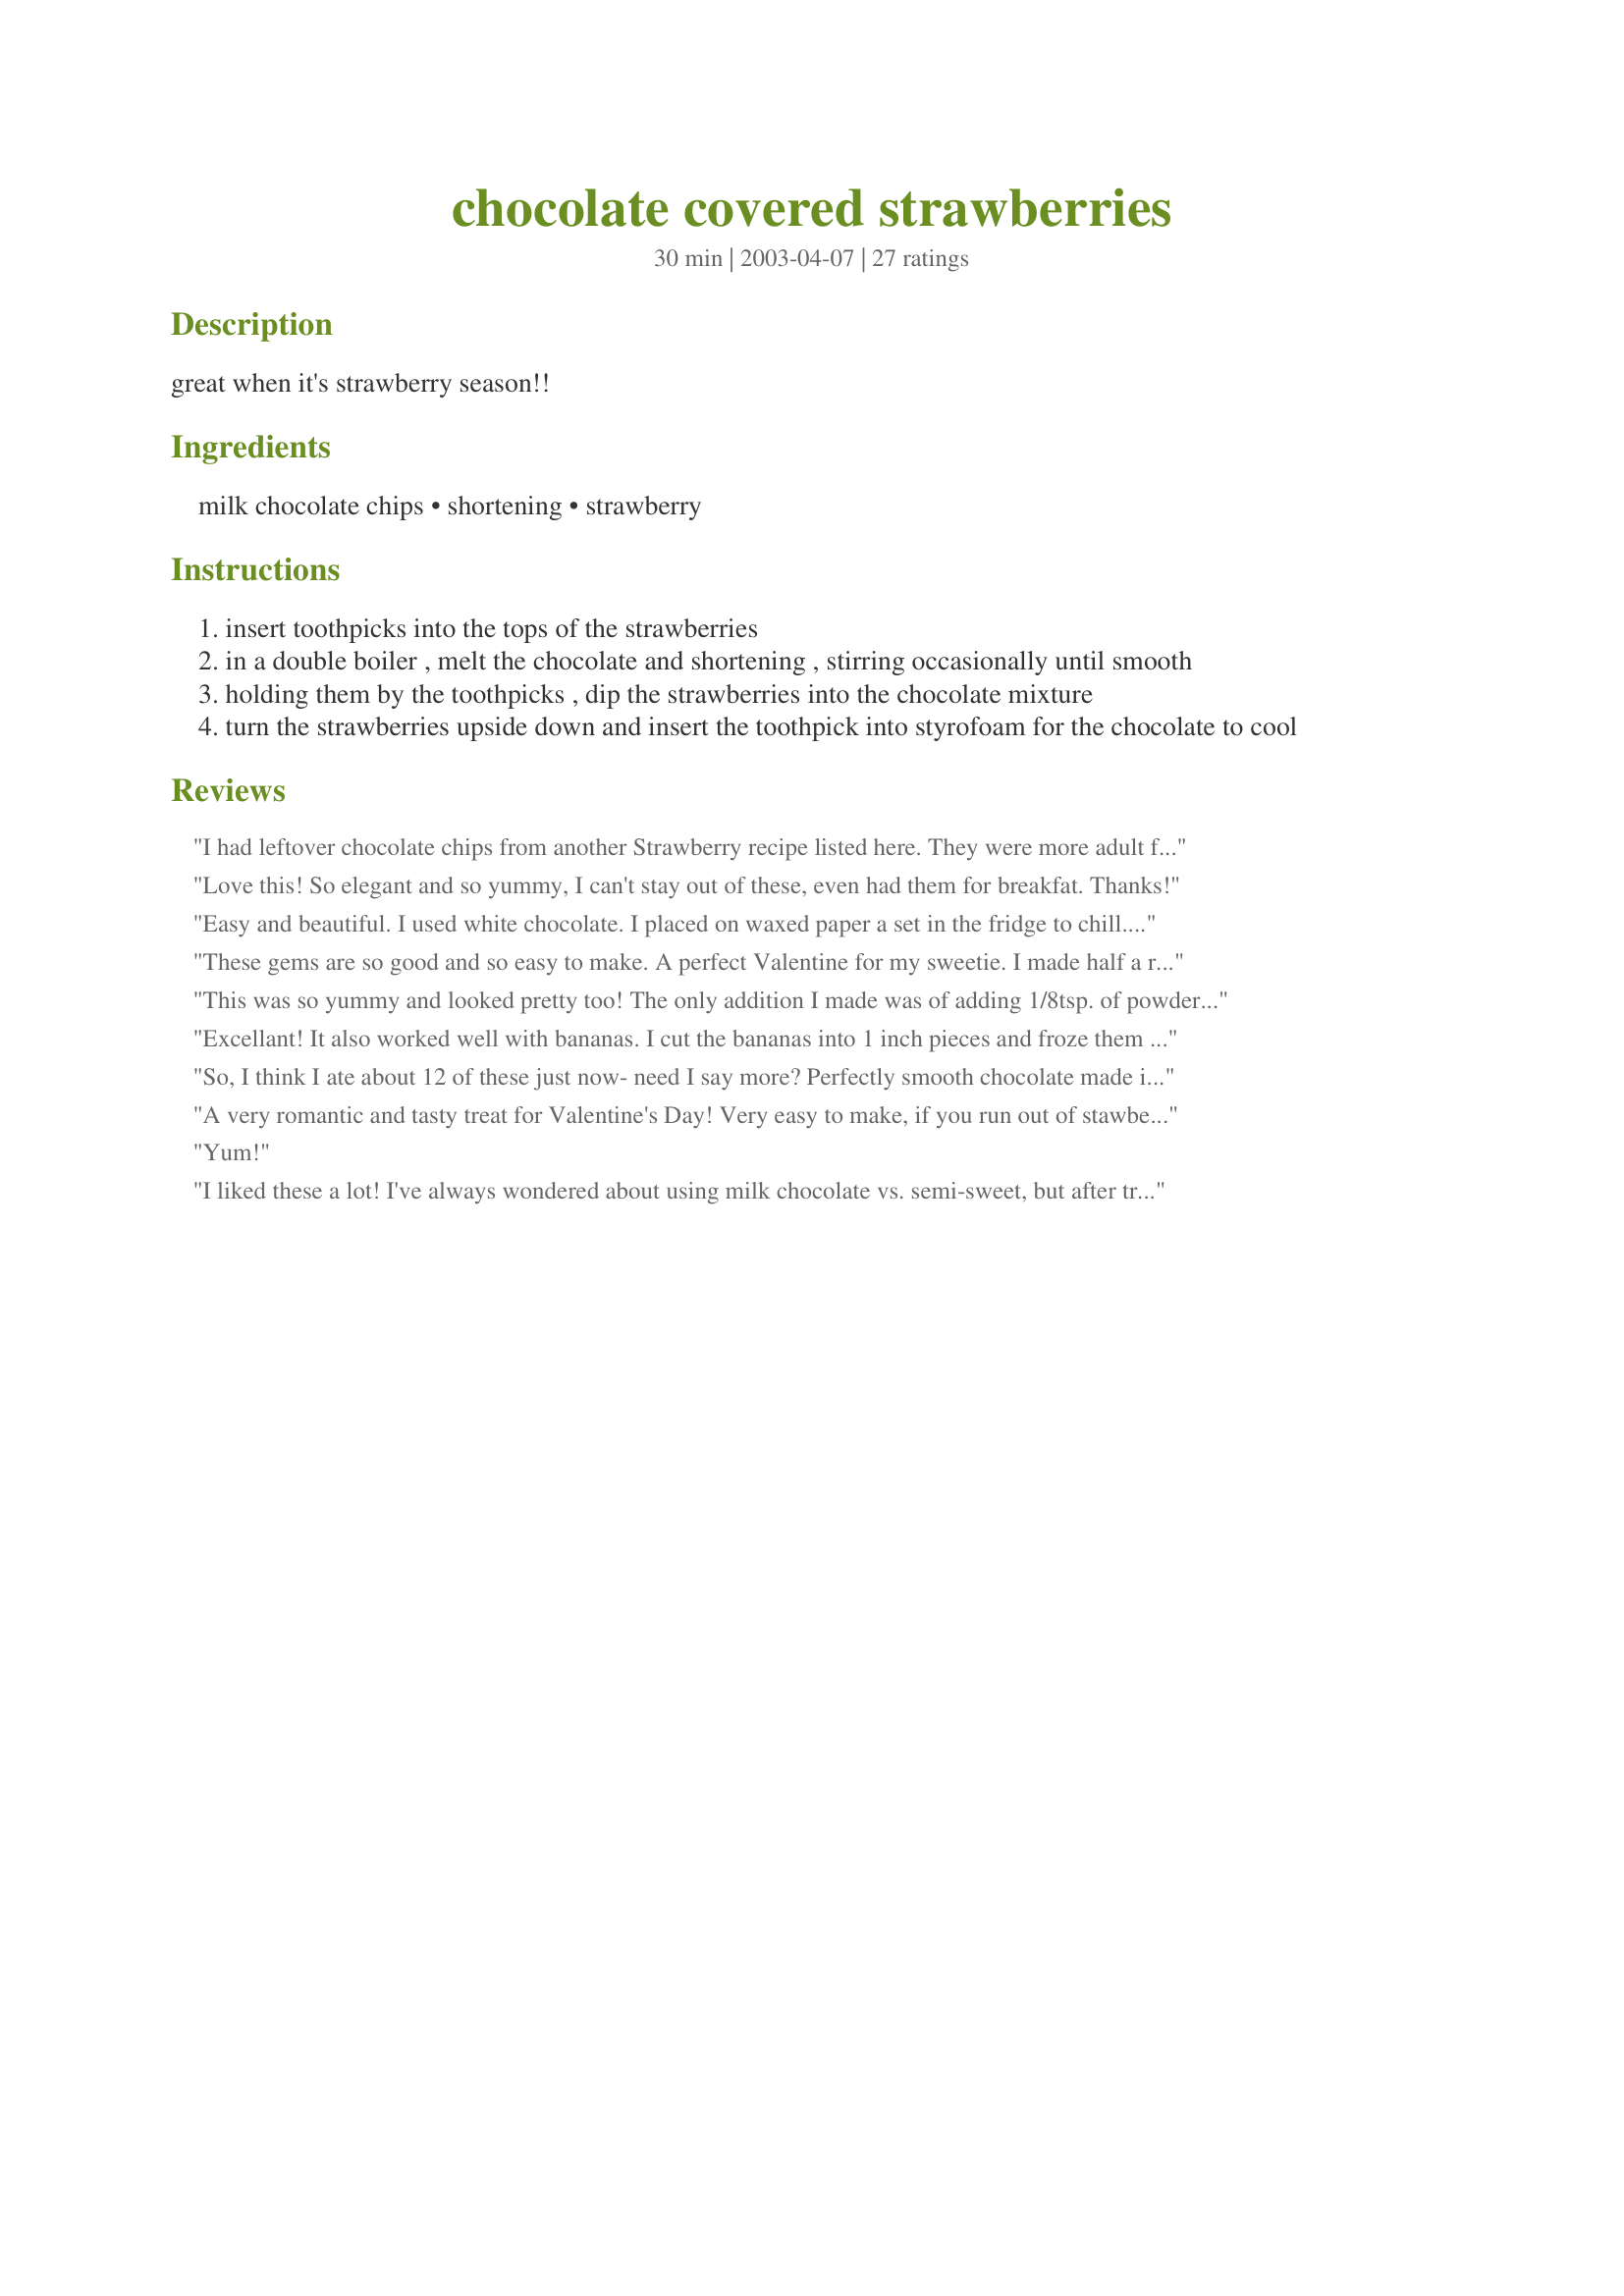
chocolate covered strawberries
Preparation time: 30 minutes

great when it's strawberry season!!

Ingredients:
milk chocolate chips, shortening, strawberry

Steps:
insert toothpicks into the tops of the strawberries
in a double boiler , melt the chocolate and shortening , stirring occasionally until smooth
holding them by the toothpicks , dip the strawberries into the chocolate mixture
turn the strawberries upside down and insert the toothpick into styrofoam for the chocolate to cool

Reviews:
I had leftover chocolate chips from another Strawberry recipe listed here. They were more adult friendly with coffee liqueur in them. I decided to try this recipe so they had some strawberries to try. Instead of the adding the fat, I added 2 Tablespoon of strong brewed coffee like the other recipe I tried called for plus my children love the flavor of coffee. I liked the idea of using toothpicks to help hold the strawberries while you dipped them in the chocolate. I used a double boiler to melt the chocolate and then added the brewed coffee. I couldnit put the chocolate covered strawberries into the styrofoam without touching the tips. Instead, I placed them on wax paper to dry.
Love this! So elegant and so yummy, I can't stay out of these, even had them for breakfat. Thanks!
Easy and beautiful. I used white chocolate. I placed on waxed paper a set in the fridge to chill. Can't wait for DH to try one of these sinful morsels! Yum yum yum!
These gems are so good and so easy to make. A perfect Valentine for my sweetie. I made half a recipe and after dipping them, placed them on waxpaper to harden. Something I will make many times over.
This was so yummy and looked pretty too! The only addition I made was of adding 1/8tsp. of powdered cinnamon to the melted chocolate mixture and stirred that in. I served these for lunch today and my dad really enjoyed them. Thanks so much for an easy dessert and for the perfect ending to our lunch:-)
Excellant! It also worked well with bananas. I cut the bananas into 1 inch pieces and froze them for 1/2 hour before dipping. Proceed as above. Yummy!
So, I think I ate about 12 of these just now- need I say more? Perfectly smooth chocolate made it easy to cover the strawberries and after cooling, the chocolate had the perfect *snap* we were looking for upon biting into them. They took a little over an hour in the fridge to set and it was well worth the wait. Oh, and instead of using a double boiler, I just microwaved the chocolate and shortening together for a few minutes on 50% power, checking and stirring every 20 seconds. VERY easy and delicious! Thank you so much!
A very romantic and tasty treat for Valentine's Day! Very easy to make, if you run out of stawberries, bananas work good too. Instead of styrofoam, a box works too.
Yum!
I liked these a lot! I've always wondered about using milk chocolate vs. semi-sweet, but after trying this recipe, I'm inclined to say that the milk chocolate brings the best overall taste. I didn't have any styrofoam and so I just set my strawberries on a plate to dry.
These are yummy! I used butter in place of the shortening. Too easy to eat too many!
Five star for sure.These were absolutetly delicious. I made these for valentines day and they were a huge hit. I didn't change a thing. I will be making these again for sure.
I melted chips and shortening in microwave 50% worked great. I used dark chocolate. YUM!!!!!! Easy and great thanks for posting
Love these. When I lived in Florida they had a restaurant that served chocolate fondue. The secret ingredient? Two tablespoons peanut butter. So I used peanut butter instead of shortening. Makes the chocolate nice and creamy.
These were delicious! I did sub in butter instead of the shortening. They were also so easy. I will say, that I didn't realize that they couldn't be dipped the night before, so by the time it was time to eat them, the chocolate had gotten grainy (I think the strawberries were letting out juice). However, as easy as they are to make, the next time I serve these (and there will be a next time) I'll just make them right before serving. Thanks, BrendaM!
I found this exact recipe in the current Readers Digest, and it's delicious. The only thing I did differently, was to melt the chocolate in the microwave ( I think it's easier ) You start out at about a min.- 1 1/2 min.(on high), stir, then continue to heat at 10 second intervals, stirring each time, until the chocolate is melted. Watch closely, because timing depends on the power of your microwave. Hope this helps.
This was easy and delicious! It's so nice to know now that these delightful treats are easy to make at home. Now I don't have to wait for the fair to come around each year to enjoy them. This goes without saying, but these are only as good as the chocolate you buy. I used Ghiradelli bittersweet chips and mine turned out divine! Thanks for posting such a good, easy recipe.
I used wooden skewers in place of toothpicks - made it much easier and they are pretty inexpensive
Oh my goodness...Oh my goodness!! I had NO idea that making these little mouthfuls of heaven were soo dang easy to make!! I was given some strawberries yesterday and was trying to think of what to do with them...what a sweet treat and surprise for the DH when he gets home from work! Thank you for posting!!
Fabulous and romatic for Valentine's Day! So easy I will be making more chocolate covered treats.
These chocolate covered strawberries are the best I've ever made,and there easy to make!I put Nonpareils Dessert Sprinkles on the tops to add extra color.I made a little extra chocolate and double dipped some.Thank you for posting this wonderful recipe.
Worked great for topping a cake- Thanks for posting !
good, i tried the way audrey suggested with the coffee instead of using the shortening to reduce the calories. The mixture kinda was a funny pasty texture but it tasted good and was quick and easy.
This was such an easy recipe...and they came out perfect. I used large straberries with their stems still attached; I used the stems in lieu of toothpicks. I also used Ruger Sport Milk chocolate...which is simply delicious. This recipe will be my standard for any choco-covered things in the future!
Easy and delicious. I used the leftover chips that I had on hand; milk chocolate and butterscotch in a ratio of about 2:1. Very good, great dessert for the whole family.
Great and easy! I changed it a bit,I used butter to melt with the chocolate chips,yummy. I made some with bananas as well for my 1 yr old,big hit!
These were so good. I made them for a bridal shower and they were a huge hit. I had so many requests for this recipe. After reading the other reviews I might try them with bananas the next time. Thanks Brenda M for posting this.
